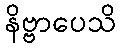
နိဗ္ဗာပေသိ